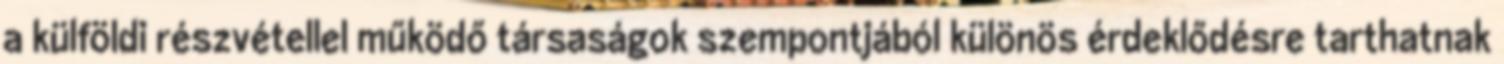
a külföldi részvétellel működő társaságok szempontjából különös érdeklődésre tarthatnak